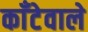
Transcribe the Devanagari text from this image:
काँटेवाले